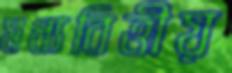
মধ্যবিত্তীয়